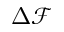
\Delta \mathcal { F }